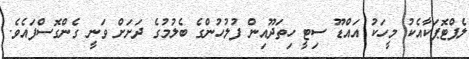
ލެޕްޓޮޕަކާއެކު މީހަކު އައްޑޫ ސިޓީ ހިތަދޫއިން ފުލުހުންގެ ބެލުމުގެ ދަށަށް ވަނީ ގެންގޮސްފައެވެ.